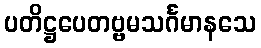
ပတိဋ္ဌပေတဗ္ဗမသင်္ဂမာနသေ